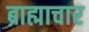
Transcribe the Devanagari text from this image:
ब्राह्माचार